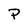
Character: P